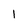
Character: 1